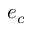
e _ { c }